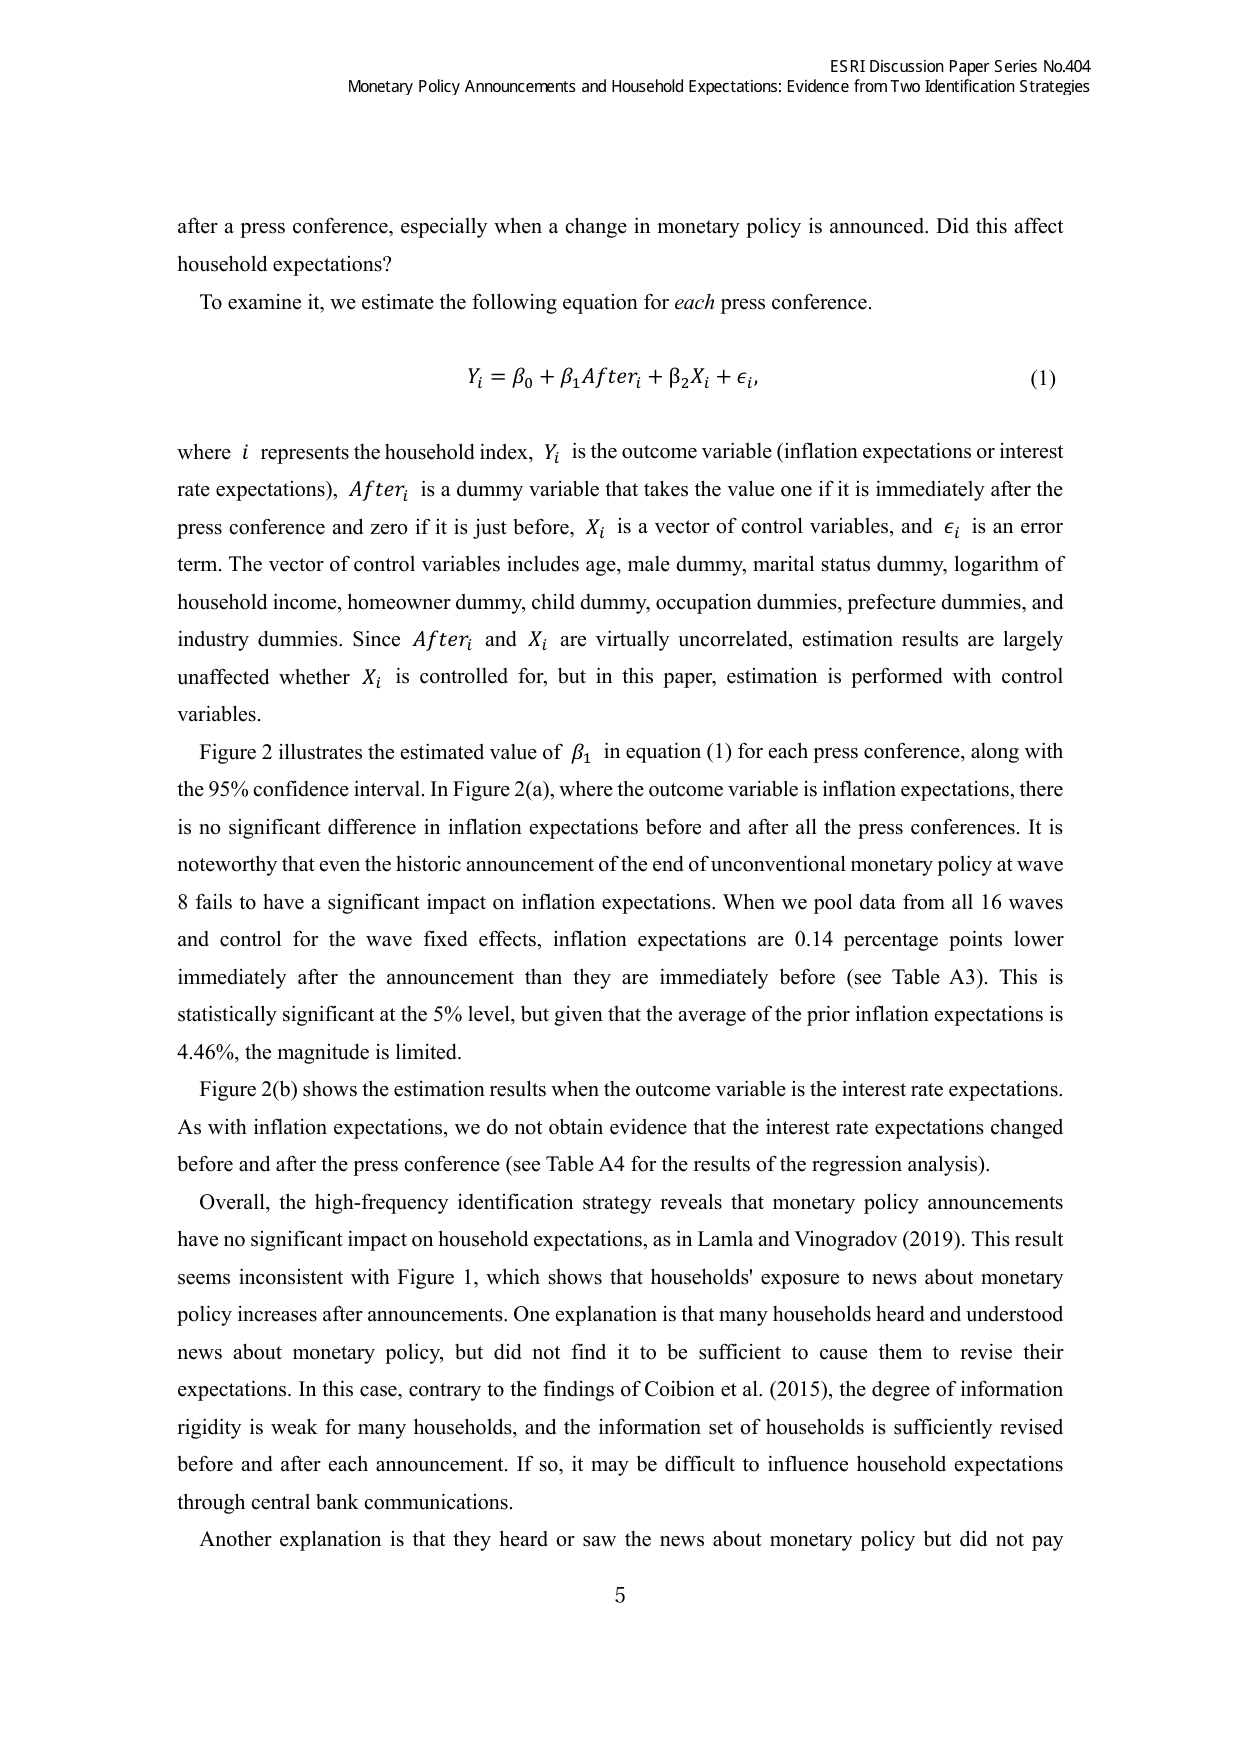
ESRI Discussion Paper Series No.404
Monetary Policy Announcements and Household Expectations: Evidence from Two Identification Strategies

after a press conference, especially when a change in monetary policy is announced. Did this affect household expectations?

To examine it, we estimate the following equation for each press conference.

Y_i = β_0 + β_1 After_i + β_2 X_i + ε_i,  (1)

where i represents the household index, Y_i is the outcome variable (inflation expectations or interest rate expectations), After_i is a dummy variable that takes the value one if it is immediately after the press conference and zero if it is just before, X_i is a vector of control variables, and ε_i is an error term. The vector of control variables includes age, male dummy, marital status dummy, logarithm of household income, homeowner dummy, child dummy, occupation dummies, prefecture dummies, and industry dummies. Since After_i and X_i are virtually uncorrelated, estimation results are largely unaffected whether X_i is controlled for, but in this paper, estimation is performed with control variables.

Figure 2 illustrates the estimated value of β_1 in equation (1) for each press conference, along with the 95% confidence interval. In Figure 2(a), where the outcome variable is inflation expectations, there is no significant difference in inflation expectations before and after all the press conferences. It is noteworthy that even the historic announcement of the end of unconventional monetary policy at wave 8 fails to have a significant impact on inflation expectations. When we pool data from all 16 waves and control for the wave fixed effects, inflation expectations are 0.14 percentage points lower immediately after the announcement than they are immediately before (see Table A3). This is statistically significant at the 5% level, but given that the average of the prior inflation expectations is 4.46%, the magnitude is limited.

Figure 2(b) shows the estimation results when the outcome variable is the interest rate expectations. As with inflation expectations, we do not obtain evidence that the interest rate expectations changed before and after the press conference (see Table A4 for the results of the regression analysis).

Overall, the high-frequency identification strategy reveals that monetary policy announcements have no significant impact on household expectations, as in Lamla and Vinogradov (2019). This result seems inconsistent with Figure 1, which shows that households' exposure to news about monetary policy increases after announcements. One explanation is that many households heard and understood news about monetary policy, but did not find it to be sufficient to cause them to revise their expectations. In this case, contrary to the findings of Coibion et al. (2015), the degree of information rigidity is weak for many households, and the information set of households is sufficiently revised before and after each announcement. If so, it may be difficult to influence household expectations through central bank communications.

Another explanation is that they heard or saw the news about monetary policy but did not pay

5